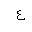
Letter: _ayn